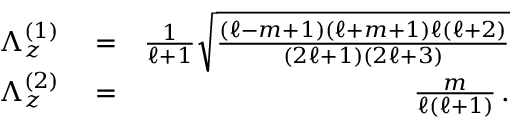
\begin{array} { r l r } { \Lambda _ { z } ^ { ( 1 ) } } & { { } = } & { \frac 1 { \ell + 1 } \sqrt { \frac { ( \ell - m + 1 ) ( \ell + m + 1 ) \ell ( \ell + 2 ) } { ( 2 \ell + 1 ) ( 2 \ell + 3 ) } } } \\ { \Lambda _ { z } ^ { ( 2 ) } } & { { } = } & { \frac m { \ell ( \ell + 1 ) } \, . } \end{array}